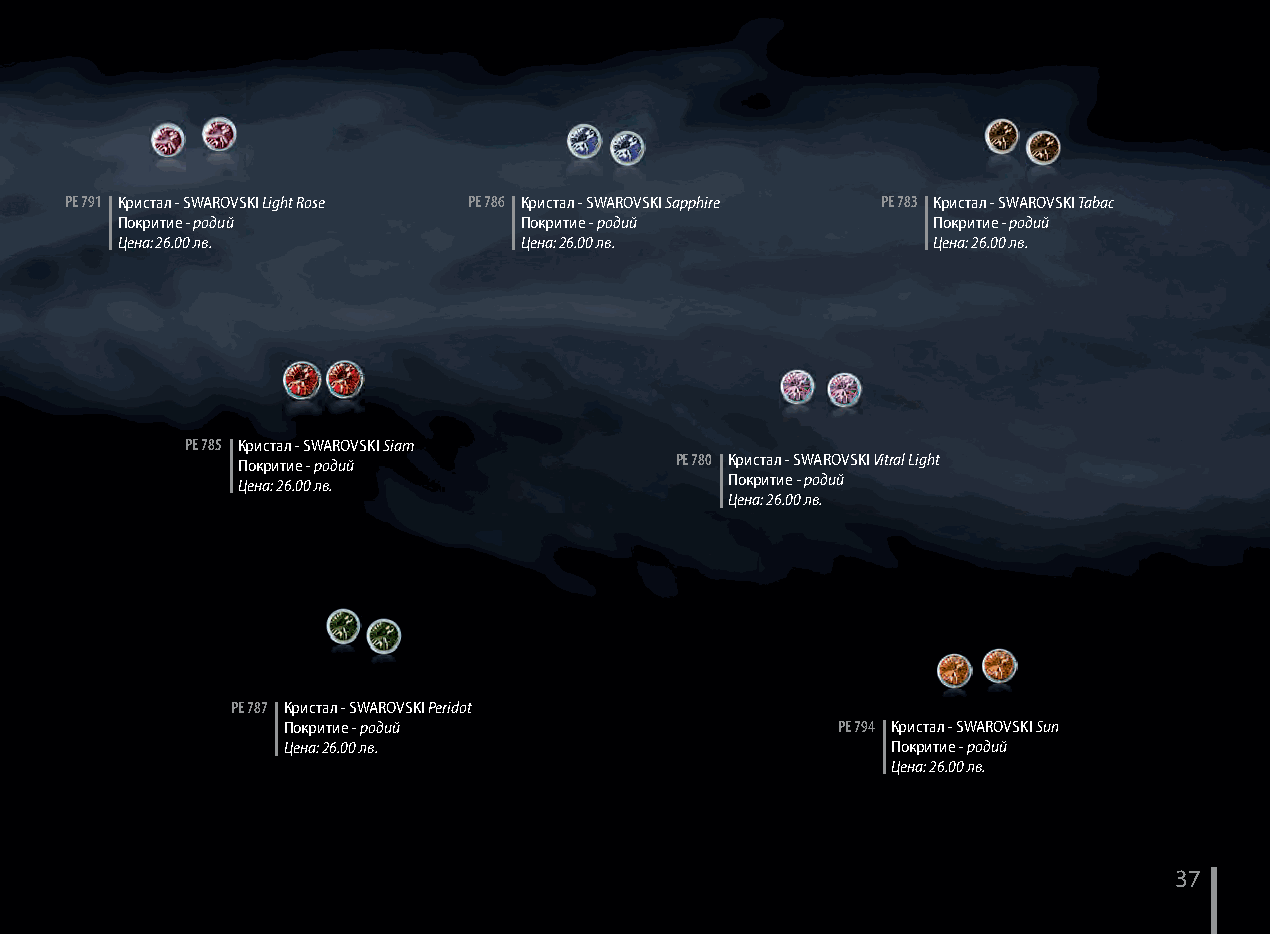
PE 791 Кристал - SWAROVSKI Light Rose PE 786 Кристал - SWAROVSKI Sapphire PE 783 Кристал - SWAROVSKI Tabac
 Покритие - родий          Покритие - родий            Покритие - родий
 Цена: 26.00 лв.           Цена: 26.00 лв.             Цена: 26.00 лв.
 PE 785 Кристал - SWAROVSKI Siam
 Покритие - родий             PE 780 Кристал - SWAROVSKI Vitral Light
 Цена: 26.00 лв.                 Покритие - родий
 Цена: 26.00 лв.
 PE 787 Кристал - SWAROVSKI Peridot
 Покритие - родий                    PE 794 Кристал - SWAROVSKI Sun
 Цена: 26.00 лв.                         Покритие - родий
 Цена: 26.00 лв.
 37